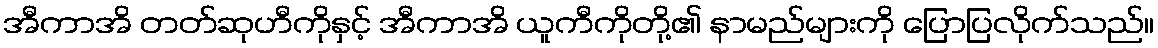
အီကာအိ တတ်ဆုဟီကိုနှင့် အီကာအိ ယူကီကိုတို့၏ နာမည်များကို ပြောပြလိုက်သည်။